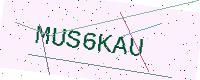
Text: MUS6KAU